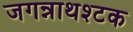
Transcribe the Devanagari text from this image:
जगन्नाथश्टक